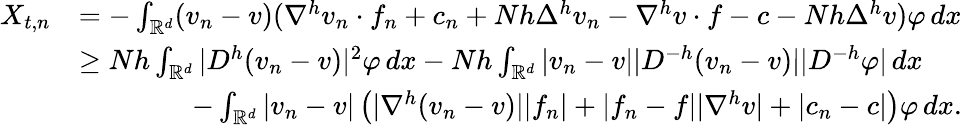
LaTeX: \begin{array}{rl}{X_{t,n}}&{=-\int_{{\mathbb{R}}^{d}}(v_{n}-v)(\nabla^{h}v_{n}\cdot f_{n}+c_{n}+Nh\Delta^{h}v_{n}-\nabla^{h}v\cdot f-c-Nh\Delta^{h}v)\varphi\, dx}\\ &{\geq Nh\int_{{\mathbb{R}}^{d}}|D^{h}(v_{n}-v)|^{2}\varphi\, dx-Nh\int_{{\mathbb{R}}^{d}}|v_{n}-v||D^{-h}(v_{n}-v)||D^{-h}\varphi|\, dx}\\ &{\qquad\qquad-\int_{{\mathbb{R}}^{d}}|v_{n}-v|\left(|\nabla^{h}(v_{n}-v)||f_{n}|+|f_{n}-f||\nabla^{h}v|+|c_{n}-c|\right)\varphi\, dx.}\end{array}